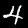
Label: 4